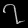
Digit: ၇